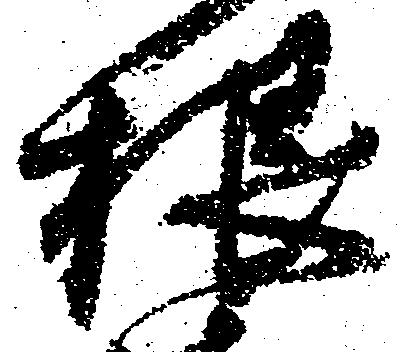
根